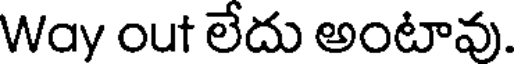
Way out లేదు అంటావు.